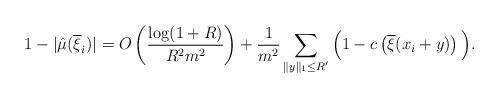
LaTeX: \begin{align*}1 - |\hat{\mu}(\overline{\xi}_i)| = O\left( \frac{\log(1+R)}{R^2 m^2} \right) + \frac{1}{m^2} \sum_{\|y\|_1 \leq R'} \Big(1 - c\left(\overline{\xi}(x_i + y)\right)\Big).\end{align*}